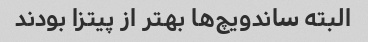
البته ساندویچ‌ها بهتر از پیتزا بودند